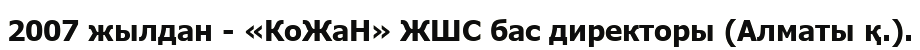
2007 жылдан - «КоЖаН» ЖШС бас директоры (Алматы қ.).